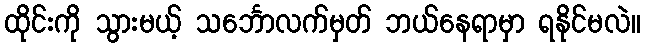
ထိုင်းကို သွားမယ့် သင်္ဘောလက်မှတ် ဘယ်နေရာမှာ ရနိုင်မလဲ။